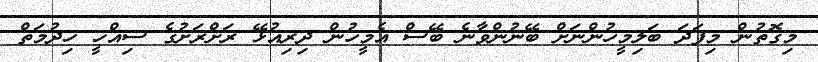
މިގޮތުން މިފަދަ ބަލިމީހުންނަށް ބޭނުންވާނެ ބޭސް އެމީހުން ދިރިއުޅޭ ރަށްރަށުގެ ސިއްޚީ ޚިދުމަތް